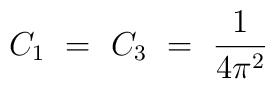
C_1\ =\ C_3\ =\ \frac{1}{4\pi^2}